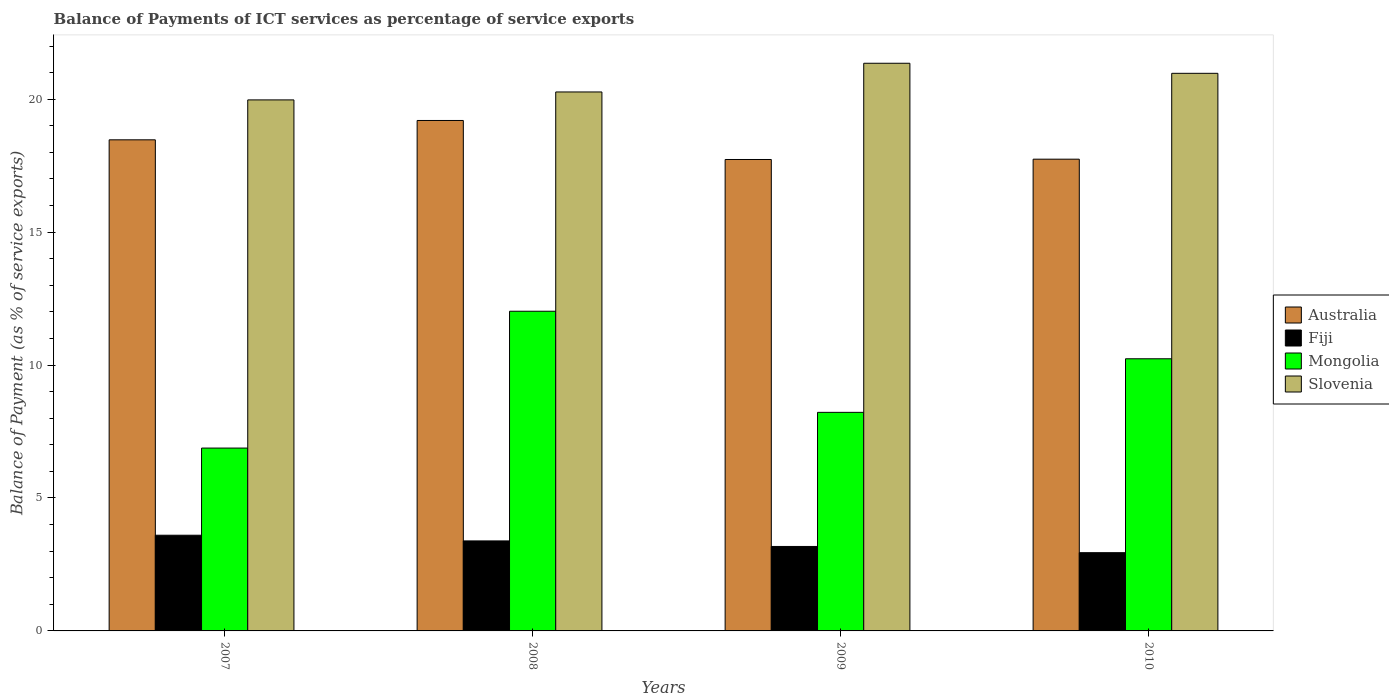
| Years | Australia | Fiji | Mongolia | Slovenia |
 | --- | --- | --- | --- | --- |
 | 2007 | 18.5 | 3.6 | 6.88 | 20 |
 | 2008 | 19.2 | 3.39 | 12 | 20.3 |
 | 2009 | 17.7 | 3.18 | 8.22 | 21.4 |
 | 2010 | 17.7 | 2.94 | 10.2 | 21 |